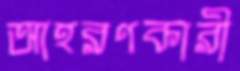
আহরণকারী